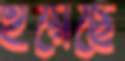
হয়েছে